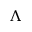
\Lambda